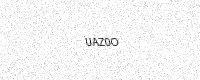
Text: UAZ0O